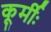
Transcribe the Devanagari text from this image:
कूर्मीः